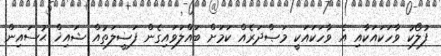
ފުލޯކު ވާހަކައަކާއި އެ ވާހަކައަކީ މަޞްދަރެއް ކަމަށް ބައްލަވައިގެން ފަޟީލަތުއް ޝައިޚް ޙުސައިން